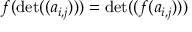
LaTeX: f ( \operatorname* { d e t } ( ( a _ { i , j } ) ) ) = \operatorname* { d e t } ( ( f ( a _ { i , j } ) ) )